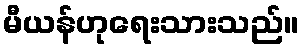
မီယန်ဟုရေးသားသည်။